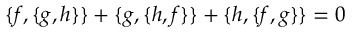
\{ f , \{ g , h \} \} + \{ g , \{ h , f \} \} + \{ h , \{ f , g \} \} = 0